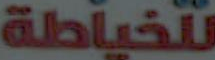
للخياطة